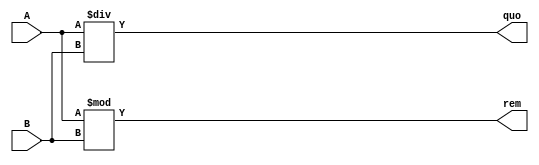
module Div(
	input [31:0] A,
	input [31:0] B,
	output [31:0] quo,
	output [31:0] rem);
	
	assign quo = A/B;
	assign rem = A%B;

endmodule